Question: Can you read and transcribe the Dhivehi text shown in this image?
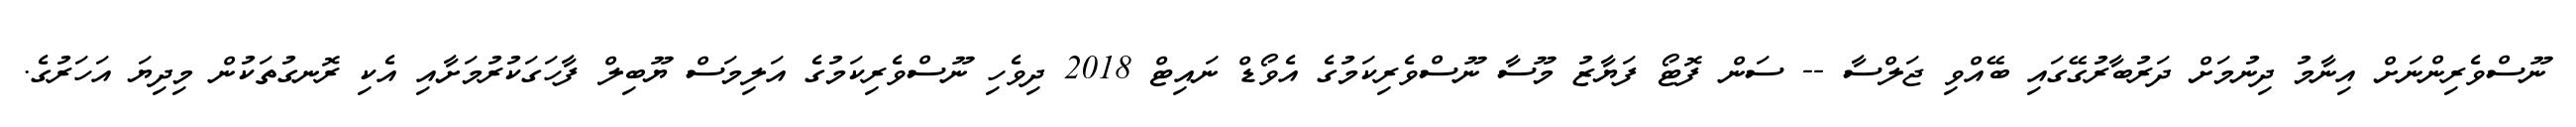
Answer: ނޫސްވެރިންނަށް އިނާމު ދިނުމަށް ދަރުބާރުގޭގައި ބޭއްވި ޖަލްސާ -- ސަން ފޮޓޯ ފަޔާޒު މޫސާ ނޫސްވެރިކަމުގެ އެވޯޑް ނައިޓް 2018 ދިވެހި ނޫސްވެރިކަމުގެ އަލިމަސް ޔޫބިލް ފާހަގަކުރުމަށާއި އެކި ރޮނގުތަކުން މިދިޔަ އަހަރުގެ.